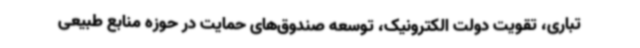
تباری، تقویت دولت الکترونیک، توسعه صندوق‌های حمایت در حوزه منابع طبیعی